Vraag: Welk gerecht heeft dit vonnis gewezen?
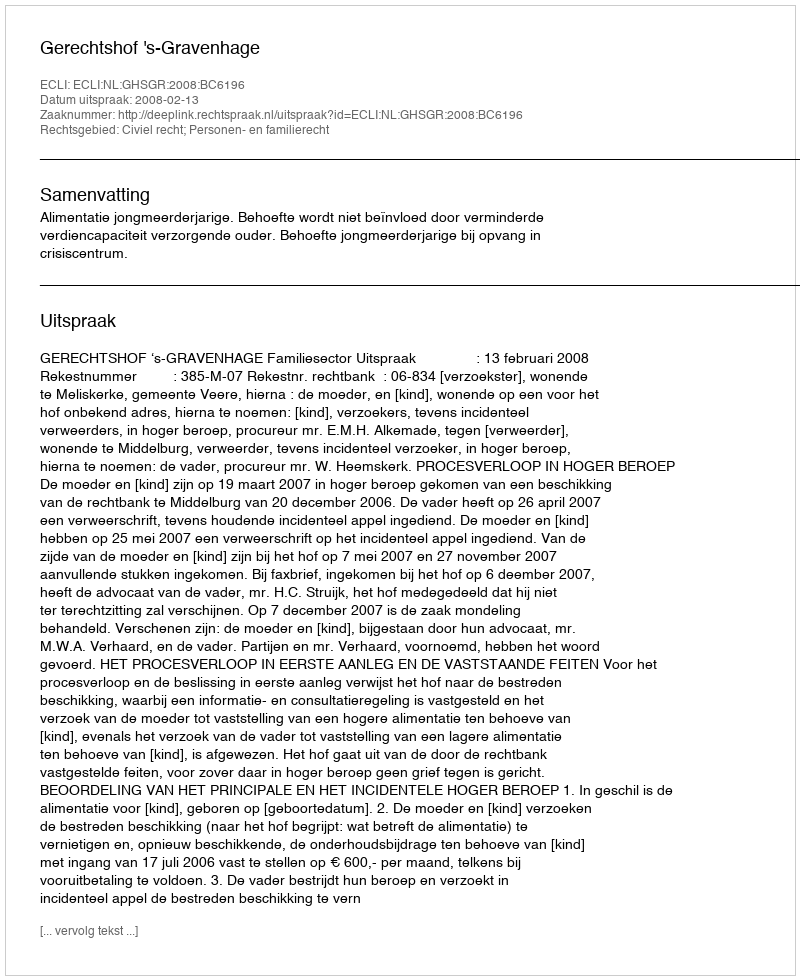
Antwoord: Gerechtshof 's-Gravenhage